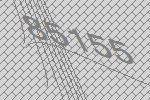
85155